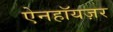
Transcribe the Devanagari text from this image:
ऐनहॉयज़र